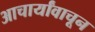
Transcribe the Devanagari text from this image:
आचार्यांवाचून